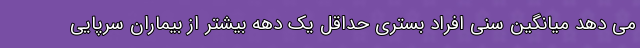
می دهد میانگین سنی افراد بستری حداقل یک دهه بیشتر از بیماران سرپایی